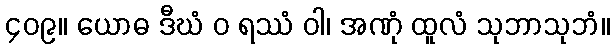
၄၀၉။ ယောဓ ဒီဃံ ဝ ရဿံ ဝါ၊ အဏုံ ထူလံ သုဘာသုဘံ။